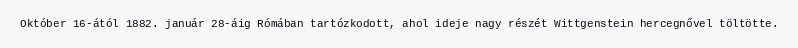
Október 16-ától 1882. január 28-áig Rómában tartózkodott, ahol ideje nagy részét Wittgenstein hercegnővel töltötte.